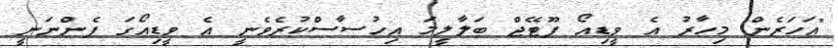
"އަހަރެން މިހާރު އެ ވީޑިއޯ ފޫޓޭޖް ބަލާލީމަ އިހުސާސްކުރެވެނީ އެ ވީޑިއޯގަ ފެންނަނީ